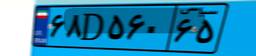
۱۶D۷۷۱۹۴